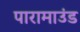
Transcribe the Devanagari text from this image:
पारामाउंड